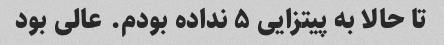
تا حالا به پیتزایی ۵ نداده بودم. عالی بود